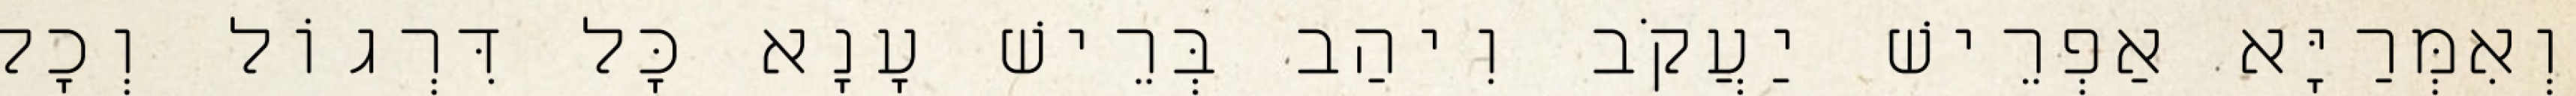
וְאִמְּרַיָּא אַפְרֵישׁ יַעֲקֹב וִיהַב בְּרֵישׁ עָנָא כָּל דִּרְגוֹל וְכָל